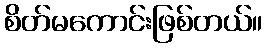
စိတ်မကောင်းဖြစ်တယ်။